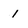
Character: 1